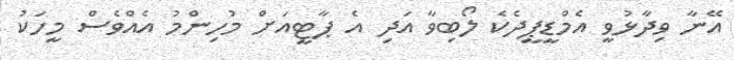
އޭނާ ވިދާޅުވީ އެމްޑީޕީދެކެ ލޯބިވާ އަދި އެ ޕާޓީއަށް މުހިންމު އެއްވެސް މީހަކު